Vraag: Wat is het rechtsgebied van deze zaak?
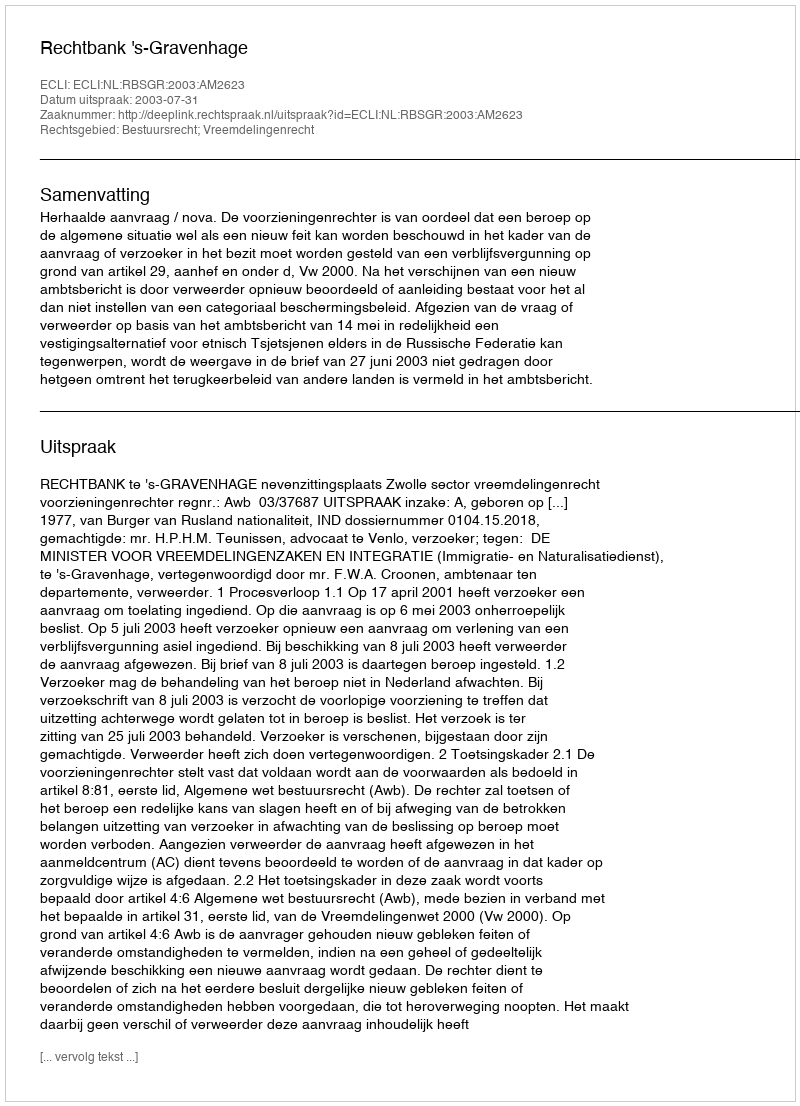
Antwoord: Bestuursrecht; Vreemdelingenrecht